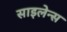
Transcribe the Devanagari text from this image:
साइलेन्स